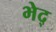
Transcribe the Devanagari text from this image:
भेद्